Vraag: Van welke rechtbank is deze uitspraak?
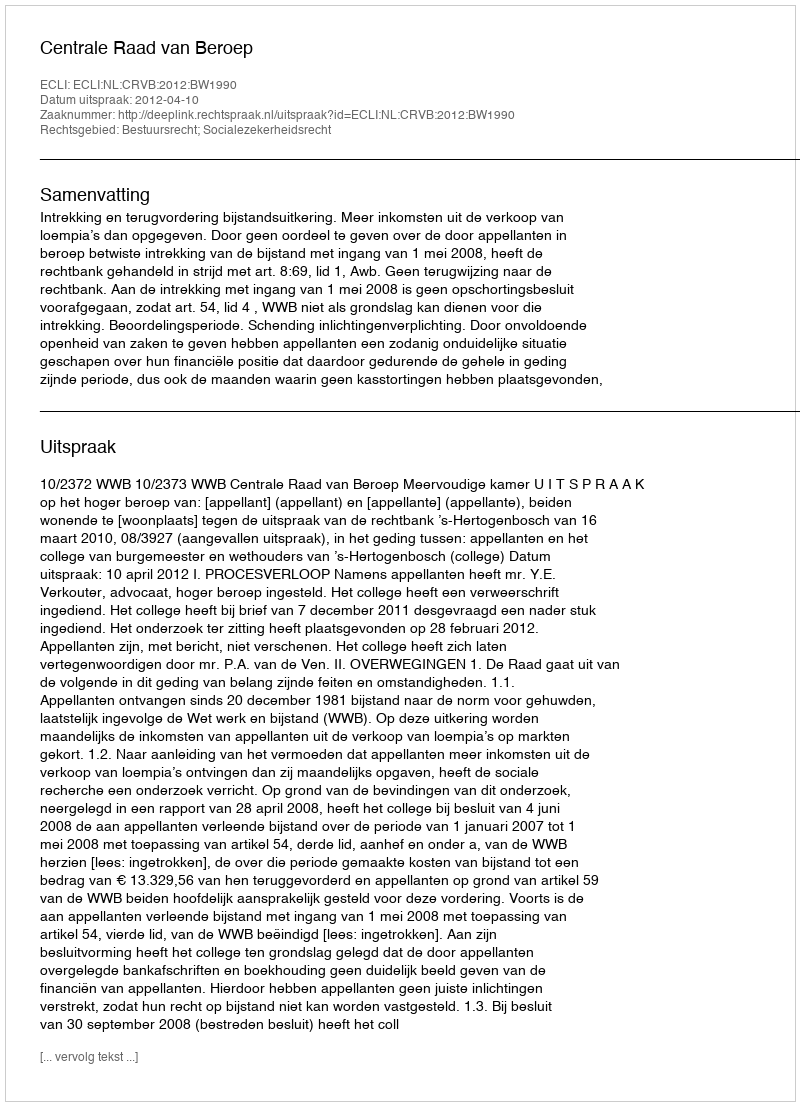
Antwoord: Centrale Raad van Beroep